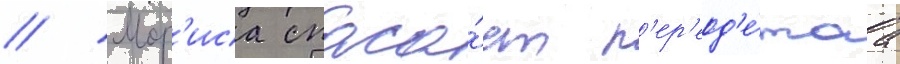
// Мор'иса спаса́ет п'ер'еод'е́таа